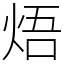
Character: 焐